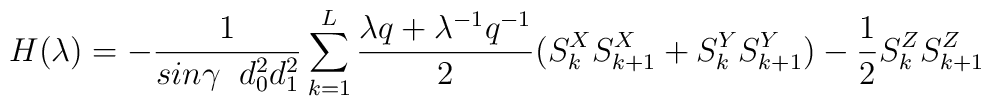
H({\lambda}) = - \frac{1}{ sin \gamma \;\;d_0^2 d_1^2}\sum^{L}_{k=1}\frac{{\lambda} q+ {\lambda}^{-1} q^{-1}}{2}( S^X_k S^X_{k+1} + S^Y_k S^Y_{k + 1} ) - \frac{1}{2}S^Z_k S^Z_{k + 1}